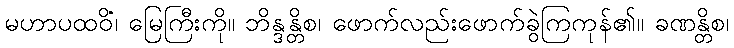
မဟာပထဝိံ၊ မြေကြီးကို။ ဘိန္ဒန္တိစ၊ ဖောက်လည်းဖောက်ခွဲကြကုန်၏။ ခဏန္တိစ၊